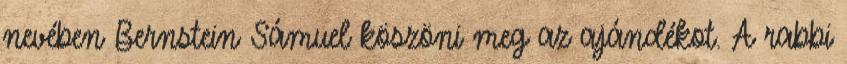
nevében Bernstein Sámuel köszöni meg az ajándékot. A rabbi